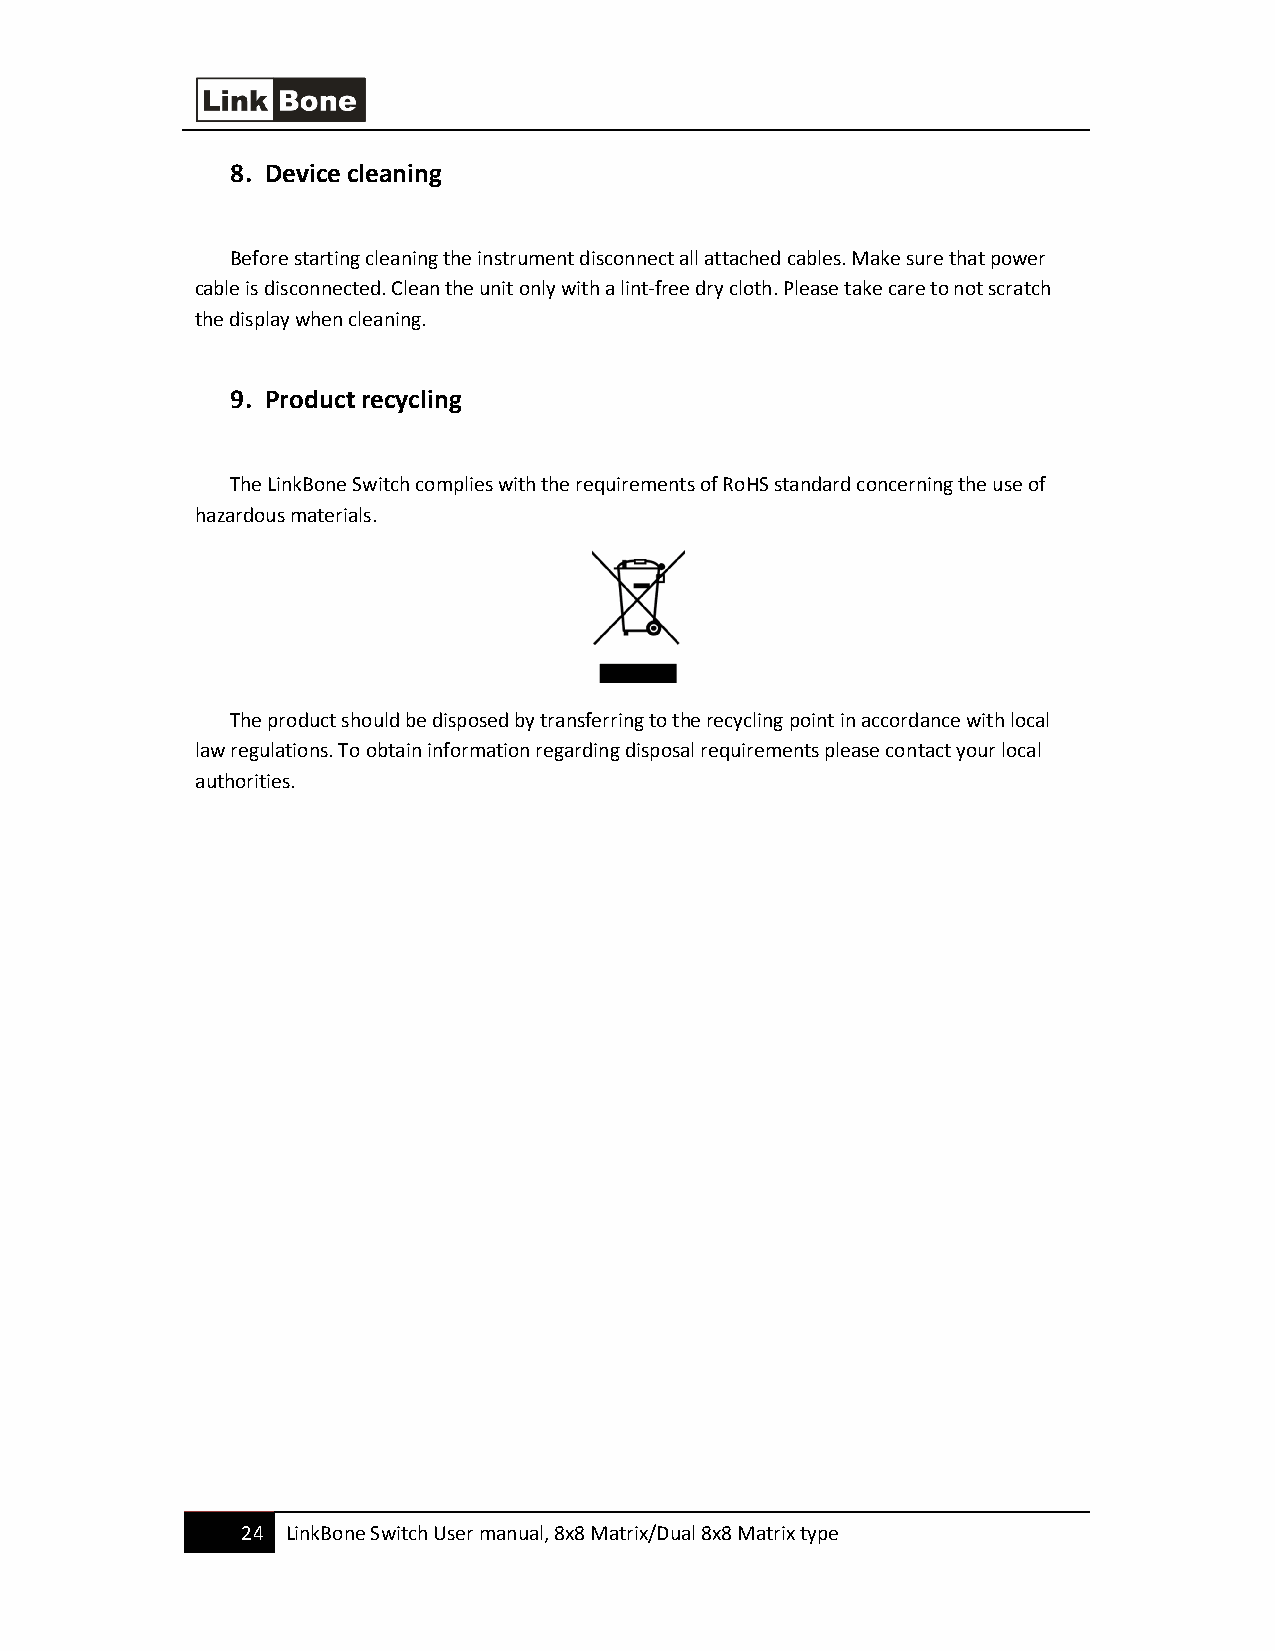
8. Device cleaning
 Before starting cleaning the instrument disconnect all attached cables. Make sure that power
 cable is disconnected. Clean the unit only with a lint-free dry cloth. Please take care to not scratch
 the display when cleaning.
 9. Product recycling
 The LinkBone Switch complies with the requirements of RoHS standard concerning the use of
 hazardous materials.
 The product should be disposed by transferring to the recycling point in accordance with local
 law regulations. To obtain information regarding disposal requirements please contact your local
 authorities.
 24 LinkBone Switch User manual, 8x8 Matrix/Dual 8x8 Matrix type